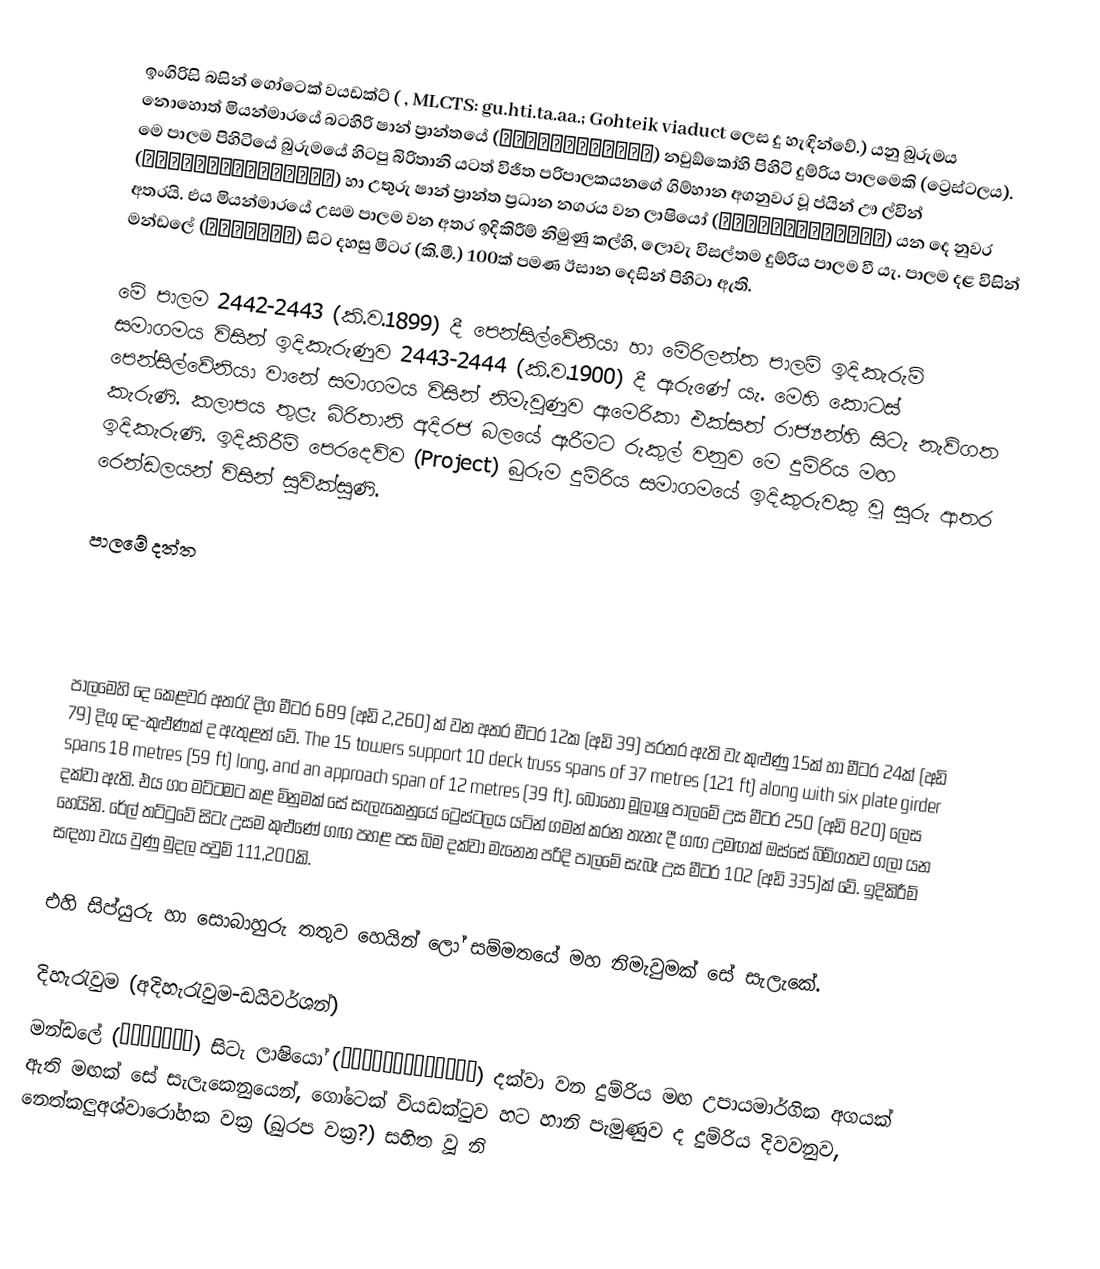
ඉංගිරිසි බසින් ගෝටෙක් වයඩක්ට් ( , MLCTS: gu.hti.ta.aa.; Gohteik viaduct ලෙස දු හැඳින්වේ.) යනු බුරුමය නොහොත් මියන්මාරයේ බටහිරි ෂාන් ප්‍රාන්තයේ (ရှမ်းပြည်နယ်) නවුඞ්කෝහි පිහිටි දුම්රිය පාලමෙකි (ට්‍රෙස්ටලය). මෙ පාලම පිහිටියේ බුරුමයේ හිටපු බිරිතානි යටත් විජිත පරිපාලකයනගේ ගිම්හාන අගනුවර වූ ප්යින් ඌ ල්වින් (ပြင်ဦးလွင်မြို့) හා උතුරු ෂාන් ප්‍රාන්ත ප්‍රධාන නගරය වන ලාෂියෝ (လားရှိုးမြို့) යන දෙ නුවර අතරයි. එය මියන්මාරයේ උසම පාලම වන අතර ඉදිකිරීම් නිමුණු කල්හි, ලොවැ විසල්තම දුම්රිය පාලම වී යැ. පාලම දළ විසින් මන්ඩලේ (မန္တလေး) සිට දහසු මීටර (කි.මී.) 100ක් පමණ ඊසාන දෙසින් පිහිටා ඇති.

මේ පාලම 2442-2443 (කි.ව.1899) දී පෙන්සිල්වේනියා හා මේරිලන්ත පාලම් ඉදිකැරුම් සමාගමය විසින් ඉදිකැරුණුව 2443-2444 (කි.ව.1900) දී ඇරුණේ යැ.  මෙහි කොටස් පෙන්සිල්වේනියා වානේ සමාගමය විසින් නිමැවුණුව ඇමෙරිකා එක්සත් රාජ්‍යන්හි සිටැ නැව්ගත කැරුණි. කලාපය තුළැ බිරිතානි අදිරජ බලයේ ඈරීමට රුකුල් වනුව මෙ දුම්රිය මඟ ඉදිකැරුණි. ඉදිකිරීම් පෙරදෙව්ව (Project) බුරුම දුම්රිය සමාගමයේ ඉදිකුරුවකු වූ සුරු ආතර රෙන්ඩලයන් විසින් සුවික්සුණි.

පාලමේ දත්ත

පාලමෙහි දෙ කෙළවර අතරැ දිග මීටර 689 (අඩි 2,260) ක් වන අතර මීටර 12ක (අඩි 39) පරතර ඇති වැ කුළුණු 15ක් හා මීටර 24ක් (අඩි 79) දිගු දෙ-කුළුණක් ද ඇතුළත් වේ. The 15 towers support 10 deck truss spans of 37 metres (121 ft) along with six plate girder spans 18 metres (59 ft) long, and an approach span of 12 metres (39 ft). බොහෝ මූලාශ්‍ර පාලමේ උස මීටර 250 (අඩි 820) ලෙස දක්වා ඇති. එය ගං මට්ටමට කළ මිනුමක් සේ සැලැකෙනුයේ ට්‍රෙස්ටලය යටින් ගමන් කරන තැනැ දී ගඟ උමඟක් ඔස්සේ බිම්ගතව ගලා යන හෙයිනි. රේල් තට්ටුවේ සිටැ උසම කුළුණේ ගඟ පහළ පස බිම දක්වා මැනෙන පරිදි පාලමේ සැබෑ උස මීටර 102 (අඩි 335)ක් වේ. ඉදිකිරීම් සඳහා වැය වුණු මුදල පවුම් 111,200කි.

එහි සිප්යුරු හා සොබාහුරු තතුව හෙයින් ලෝ සම්මතයේ මහ නිමැවුමක් සේ සැලැකේ.

දිහැරැවුම (අදිහැරැවුම-ඩයිවර්ශන්)
මන්ඩලේ (မန္တလေး) සිටැ ලාෂියෝ (လားရှိုးမြို့) දක්වා වන දුම්රිය මඟ උපායමාර්ගික අගයක් ඇති මඟක් සේ සැලැකෙනුයෙන්, ගෝටෙක් වියඩක්ටුව හට හානි පැමුණුව ද දුම්රිය දිවවනුව, නෙත්කලුඅශ්වාරෝහක වක්‍ර (ඛුරප වක්‍ර?) සහිත වූ නි